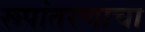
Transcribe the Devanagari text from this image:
रूपांतरणाचा